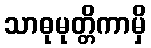
သာဓုမုတ္တိကာမှိ